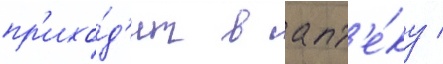
пр'ихо́д'ит в апт'е́ку /